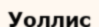
Уоллис